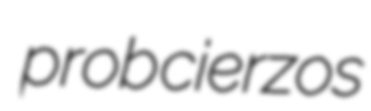
prob cierzos